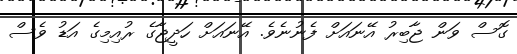
ގޮސް ވަން ޖާބިރު އޭނައަށް ފެނުނެވެ. އޭނައަށް ހަދީޖާގެ ރުއިމިގެ އަޑު ވެސް